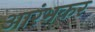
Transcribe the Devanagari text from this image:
आरंभकर